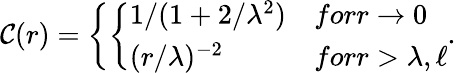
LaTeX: {\cal C}(r)=\left\{ \left\{ \begin{array}{ll}{{1/(1+2/\lambda^{2})}}&{{forr\rightarrow 0}}\\ {{(r/\lambda)^{-2}}}&{{forr>\lambda,\ell}}\end{array}\right.\right..